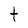
Character: t